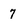
Character: 7